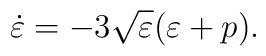
\dot{\varepsilon}=-3\sqrt{\varepsilon }(\varepsilon +p).